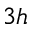
_ { 3 h }